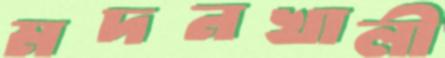
মদনখালী